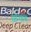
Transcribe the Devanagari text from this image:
साऱ्याच